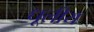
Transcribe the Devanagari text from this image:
धूलीय